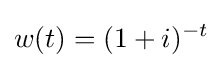
w(t)=(1+i)^{-t}